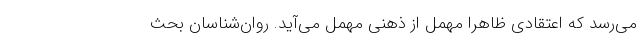
می‌رسد که اعتقادی ظاهراً مهمل از ذهنی مهمل می‌آید. روان‌شناسان بحث